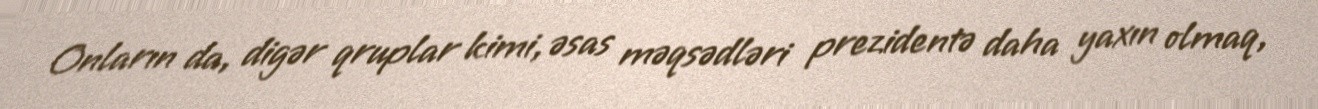
Onların da, digər qruplar kimi, əsas məqsədləri prezidentə daha yaxın olmaq,